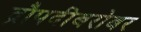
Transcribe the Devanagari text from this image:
द्रौपदीबरोबर